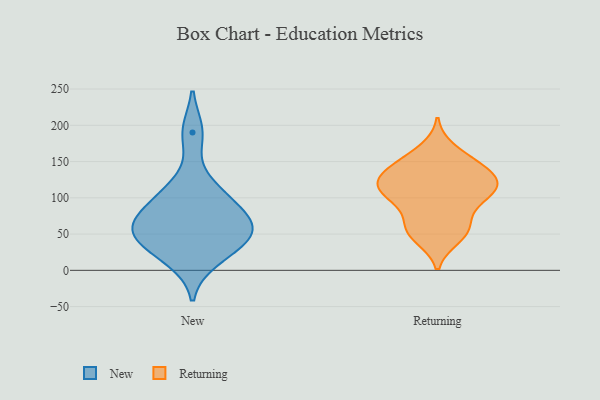
{"axis": {"x": "Backlog", "y": "Value"}, "legend": ["New", "Returning"], "data": [{"x": "", "y": 113, "type": "New"}, {"x": "", "y": 190, "type": "New"}, {"x": "", "y": 99, "type": "New"}, {"x": "", "y": 63, "type": "New"}, {"x": "", "y": 15, "type": "New"}, {"x": "", "y": 77, "type": "New"}, {"x": "", "y": 36, "type": "New"}, {"x": "", "y": 64, "type": "New"}, {"x": "", "y": 52, "type": "New"}, {"x": "", "y": 42, "type": "New"}, {"x": "", "y": 135, "type": "Returning"}, {"x": "", "y": 122, "type": "Returning"}, {"x": "", "y": 47, "type": "Returning"}, {"x": "", "y": 45, "type": "Returning"}, {"x": "", "y": 167, "type": "Returning"}, {"x": "", "y": 60, "type": "Returning"}, {"x": "", "y": 109, "type": "Returning"}, {"x": "", "y": 94, "type": "Returning"}, {"x": "", "y": 150, "type": "Returning"}, {"x": "", "y": 122, "type": "Returning"}, {"x": "", "y": 67, "type": "Returning"}, {"x": "", "y": 104, "type": "Returning"}, {"x": "", "y": 113, "type": "Returning"}, {"x": "", "y": 112, "type": "Returning"}, {"x": "", "y": 58, "type": "Returning"}, {"x": "", "y": 137, "type": "Returning"}, {"x": "", "y": 100, "type": "Returning"}, {"x": "", "y": 151, "type": "Returning"}, {"x": "", "y": 132, "type": "Returning"}]}